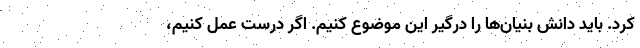
کرد. باید دانش بنیان‌ها را درگیر این موضوع کنیم. اگر درست عمل کنیم،